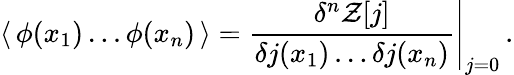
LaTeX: \langle\, \phi(x_{1})\dots\phi(x_{n})\, \rangle=\frac{\delta^{n}{\cal Z}[j]}{\delta j(x_{1})\dots\delta j(x_{n})}\Bigg|_{j=0}\, .